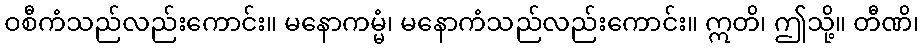
ဝစီကံသည်လည်းကောင်း။ မနောကမ္မံ၊ မနောကံသည်လည်းကောင်း။ ဣတိ၊ ဤသို့။ တီဏိ၊